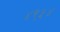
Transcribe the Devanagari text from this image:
४९५४